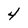
Character: 4